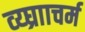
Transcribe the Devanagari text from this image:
व्य्घ्रााचर्म